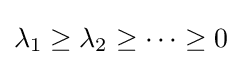
\lambda _{1}\geq \lambda _{2}\geq \cdots \geq 0